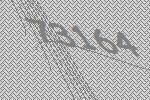
73164